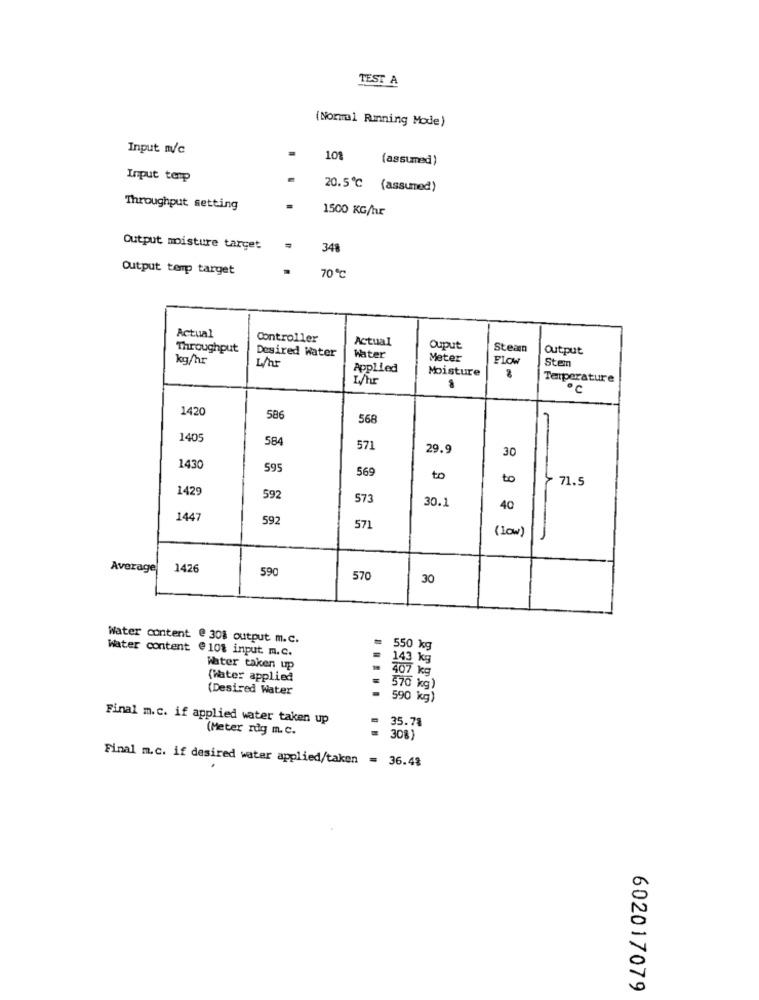
TEST A
(Normal Running Mode)
Input m/c
101
(assumed)
Input terp
20.5℃ (assumed)
Throughput setting
1500 KG/hr
Output moisture target
=
348
Output temp target
70℃
Actual
Controller
Actual
Throughput
Ouput
Steamn
Output
kg/hr
L/hr
Desired Water
Water
Meter
FLOW
Sten
Applied
Moisture
LAhr
Terperature
·℃
1420
586
568
-
1405
584
571
29.9
30
1430
595
569
to
to
71.5
1429
592
573
30.1
40
1447
592
571
(Low)
-
Average
1426
590
570
30
Water content @ 308 output m.c.
Water content @ 101 input. m.c.
= 550 kg
143 kg
Water taken up
407 kg
(Water applied
(Desired Water
570 kg)
590 kg)
Final m.c. if applied water taken up
35.78
(Meter rdg m. c.
= 30%)
Final m.c. if desired water applied/taken = 36.48
602017079